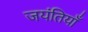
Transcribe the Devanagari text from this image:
जयंतियाँ